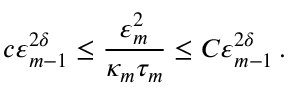
c \varepsilon _ { m - 1 } ^ { 2 \delta } \leq \frac { \varepsilon _ { m } ^ { 2 } } { \kappa _ { m } \tau _ { m } } \leq C \varepsilon _ { m - 1 } ^ { 2 \delta } \, .